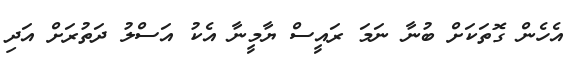
އެހެން ގޮތަކަށް ބުނާ ނަމަ ރައީސް ޔާމީނާ އެކު އަސްލު ދަތުރަށް އަދި